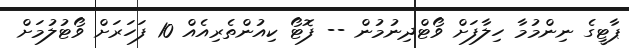
ޕާޓީގެ ނިންމުމާ ހިލާފަށް ވޯޓްދިނުމުން -- ފޮޓޯ ކިއުންތެރިއެއް 10 ފަހަރަށް ވޯޓުލުމަށް